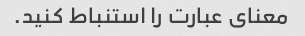
معنای عبارت را استنباط کنید.